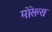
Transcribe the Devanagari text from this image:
मोरेल्स